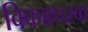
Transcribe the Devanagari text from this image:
विकाापरक